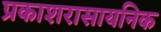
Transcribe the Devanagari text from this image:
प्रकाशरासायनिक